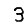
Digit: 3